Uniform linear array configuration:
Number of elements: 8
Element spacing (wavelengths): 0.75
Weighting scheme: kaiser
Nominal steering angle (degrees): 0
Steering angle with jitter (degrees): -0.9754
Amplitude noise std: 0.05
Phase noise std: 0.05

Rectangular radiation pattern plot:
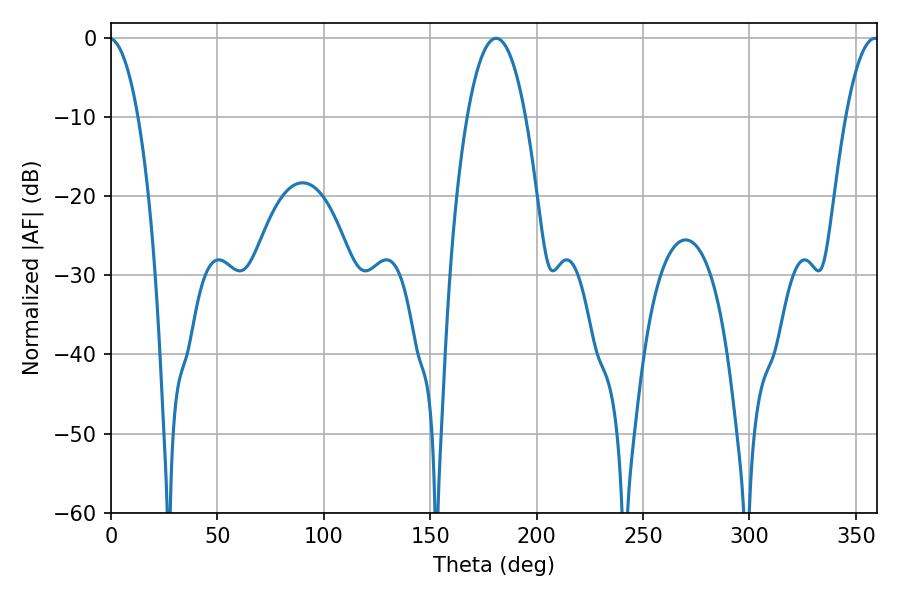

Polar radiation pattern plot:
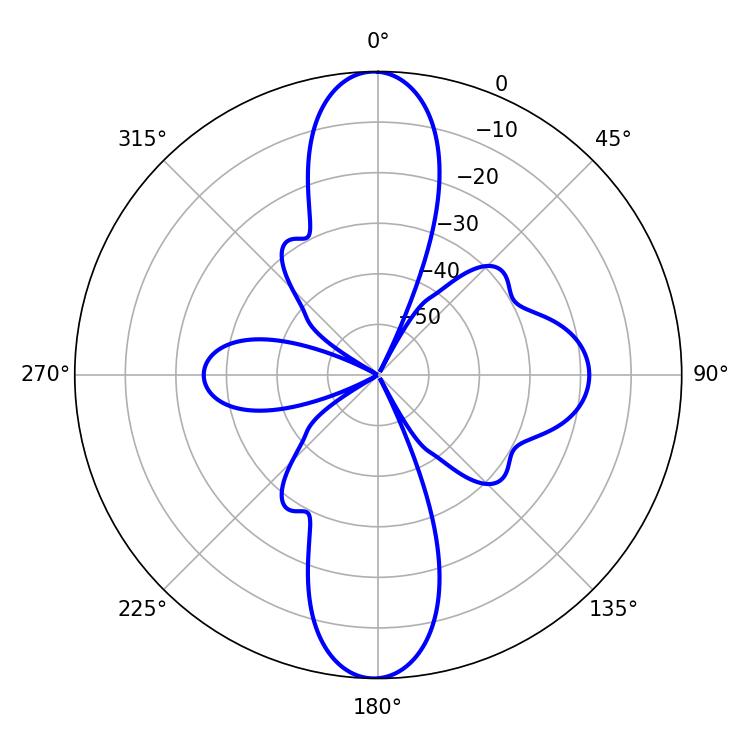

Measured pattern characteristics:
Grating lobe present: TRUE
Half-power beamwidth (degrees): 15.3
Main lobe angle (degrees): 180.9